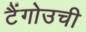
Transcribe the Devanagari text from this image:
टैंगोउची